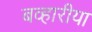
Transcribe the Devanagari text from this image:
बव्हारीया